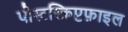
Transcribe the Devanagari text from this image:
पोस्टस्क्रिप्टफ़ाइल